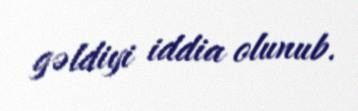
gəldiyi iddia olunub.